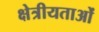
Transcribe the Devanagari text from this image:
क्षेत्रीयताओं